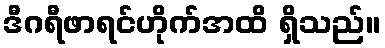
ဒီဂရီဖာရင်ဟိုက်အထိ ရှိသည်။